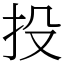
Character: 投